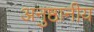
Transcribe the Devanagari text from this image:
अनुष्ठानीय